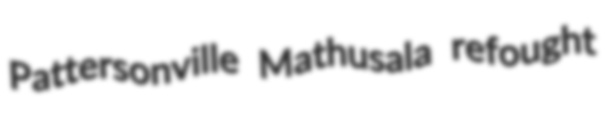
Pattersonville Mathusala refought